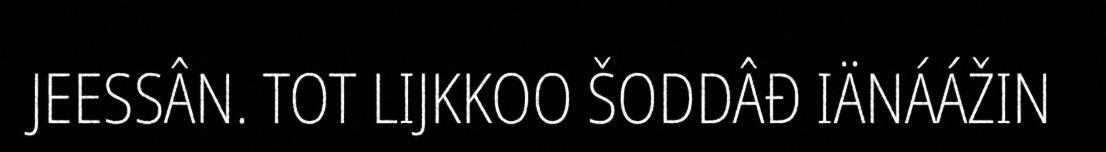
JEESSÂN. TOT LIJKKOO ŠODDÂĐ IÄNÁÁŽIN